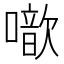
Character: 噷